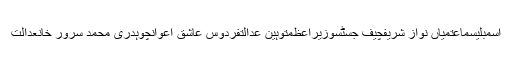
اسمبلیسماعتمیاں نواز شریفچیف جسٹسوزیراعظمتوہین عدالتفردوس عاشق اعوانچوہدری محمد سرور خانعدالت